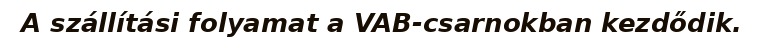
A szállítási folyamat a VAB-csarnokban kezdődik.